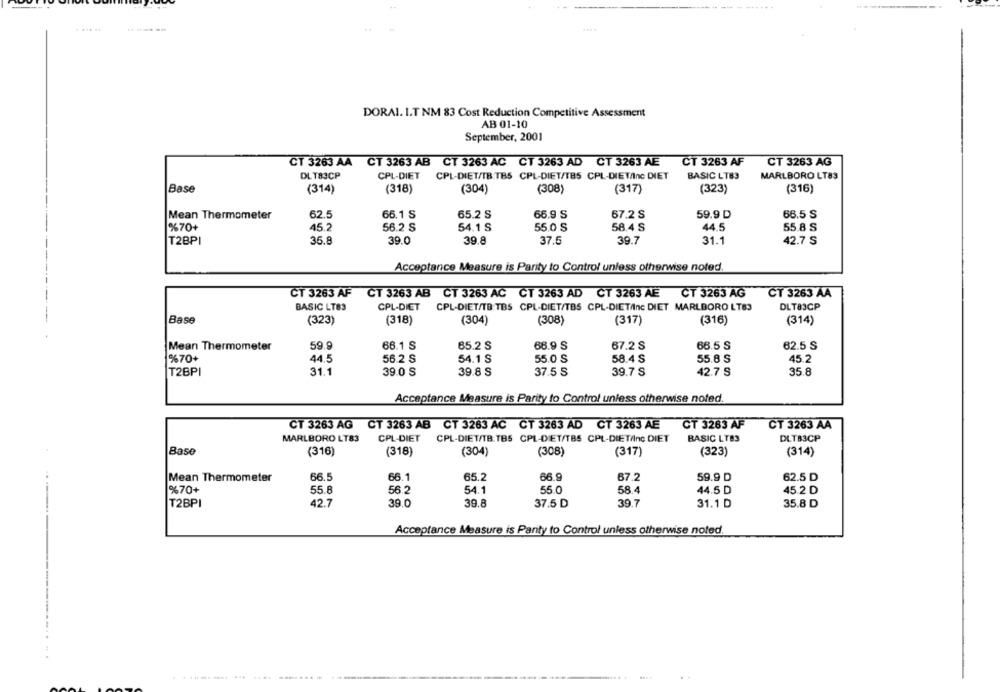
......
DORAI. I.T NM 83 Cost Reduction Competitive Assessment
AB 01-10
September, 2001
CT 3263 AA CT 3263 AB CT 3263 AC CT 3263 AD CT 3263 AE
CT 3263 AF
CT 3263 AG
DLT83CP
CPL-DIET
CPL-DIET/TB:TBS CPL-DIET/TBS CPL-DIET/Inc DIET
BASIC LT83
MARLBORO LT83
Base
(314)
(318)
(304)
(308)
(317)
(323)
(316)
Mean Thermometer
62.5
66.1 S
65.2 S
66.9 S
67.2 S
59.9 D
66.5 S
%70+
45.2
56.2 S
54.1 S
55.0 S
58.4 S
44.5
55.8 S
T2BPI
35.8
39.0
39.8
37.5
39.7
31.1
42.7 S
Acceptance Measure is Parity to Control unless otherwise noted.
CT 3263 AF
CT 3263 AB CT 3263 AC CT 3263 AD CT 3263 AE CT 3263 AG
CT 3263 AG
CT 3263 AA
BASIC LT83
CPL-DIET
CPL-DIET/TB. TBS CPL-DIET/TBS CPL-DIET/Inc DIET MARLBORO LT83
DLT83CP
Base
(323)
(318)
(304)
(308)
(317)
(316)
(314)
59.9
66.1 S
65.2 S
68.9 S
67.2 S
66.5 S
62.5 S
Mean Thermometer
%70+
44.5
56.2 S
54.1 S
55.0 S
58.4 S
55.8 S
45.2
T2BPI
31.1
39.0 S
39.8 S
37.5 S
39.7 S
42.7 S
35.8
Acceptance Measure is Parity to Control unless otherwise noted.
CT 3263 AG
CT 3263 AB CT 3263 AC CT 3263 AD CT 3263 AE
CT 3263 AF
CT 3263 AA
MARLBORO LT83
CPL-DIET
CPL-DIET/TB.TBS CPL-DIET/TBS CPL-DIET/Inc DIET
BASIC LTB3
DLTB3CP
Base
(316)
(318)
(304)
(308)
(317)
(323)
(314)
Mean Thermometer
66.5
66.1
65.2
66.9
67.2
59.9 D
62.5 D
%70+
55.8
56.2
54.1
55.0
58.4
44.5 D
45.2 D
T2BPI
42.7
39.0
39.8
37.5 D
39.7
31.1 D
35.8 D
Acceptance Measure is Party to Control unless otherwise noted.